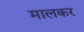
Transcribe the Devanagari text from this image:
मालकर